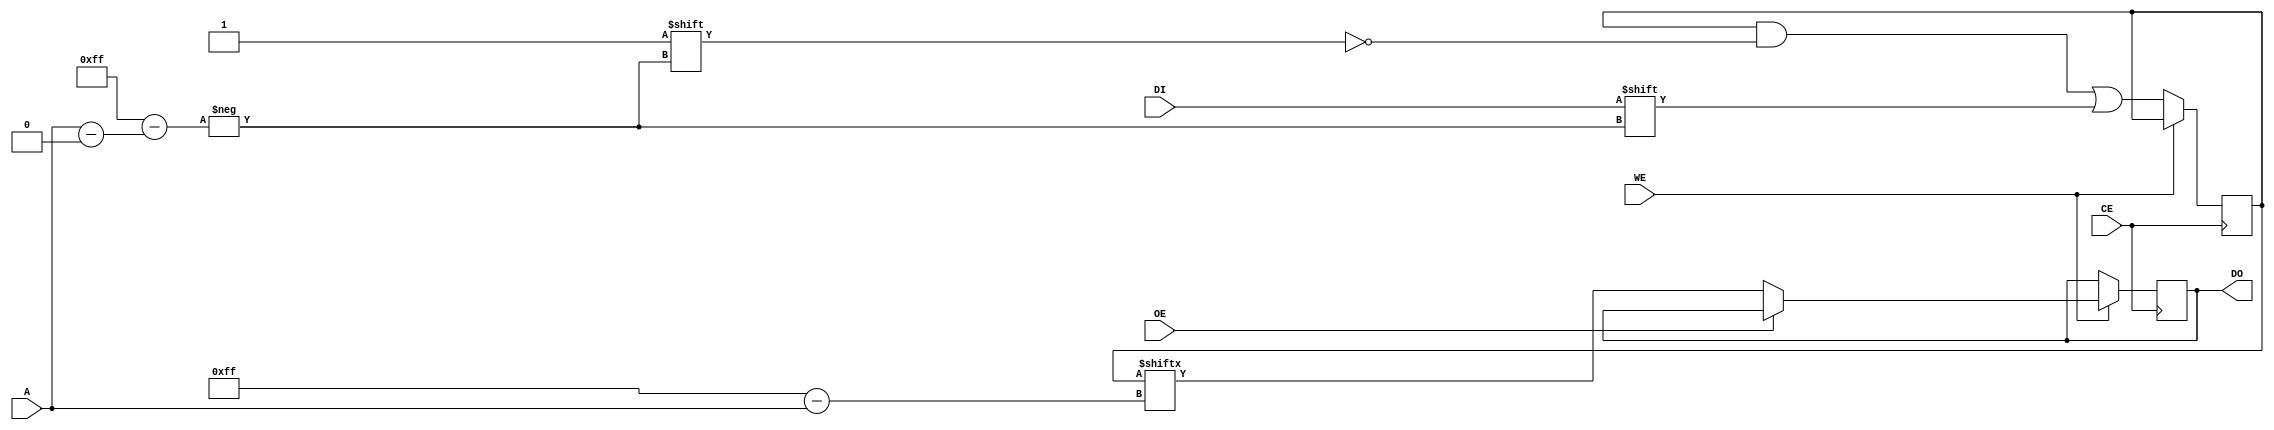
module SLC_EEPROM (
    input wire CE,             // Chip Enable
    input wire WE,             // Write Enable
    input wire OE,             // Output Enable
    input wire [A_WIDTH-1:0] A, // Address lines (Configurable)
    input wire DI,             // Data Input
    output reg DO              // Data Output
);
    parameter A_WIDTH = 8; // Number of address lines - configurable
    parameter MEM_SIZE = 1 << A_WIDTH; // Memory size (2^A_WIDTH cells)

    // Memory array to store bits
    reg [0:MEM_SIZE-1] memory;

    // Power management signals (example)
    reg power_down;           // Signal to put the EEPROM in low power state

    // Read/Write Operations
    always @(posedge CE) begin
        if (~WE) begin // Write operation
            memory[A] <= DI; // Store data at the specified address
        end else if (~OE) begin // Read operation
            DO <= memory[A]; // Output data from the specified address
        end
        // Power management based on idle condition
        if (CE && WE && OE) begin
            power_down <= 1; // Idle state
        end else begin
            power_down <= 0; // Active state
        end
    end

    // Error Handling / Parity Check (basic example)
    reg parity_bit; // Temporary variable for parity check
    always @(posedge CE) begin
        if (~WE) begin
            // Calculate and store new parity (for simplicity, using even parity)
            parity_bit <= ~^memory; // Even parity for entire memory
        end
    end
    
    // Initialization of memory on reset
    initial begin
        memory = {MEM_SIZE{1'b0}}; // Initialize to 0
        parity_bit = 1'b0; // Initial parity
        power_down = 0; // Not in low power mode initially
    end
    
    // Timing Control and Signal Isolation can be added here

endmodule